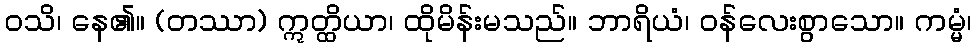
ဝသိ၊ နေ၏။ (တဿာ) ဣတ္ထိယာ၊ ထိုမိန်းမသည်။ ဘာရိယံ၊ ဝန်လေးစွာသော။ ကမ္မံ၊